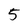
Character: 5